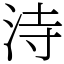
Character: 洔